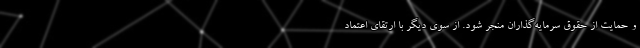
و حمایت از حقوق سرمایه‌گذاران منجر شود. از سوی دیگر با ارتقای اعتماد